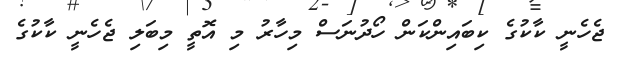
ޖެހެނީ ކާކުގެ ކިބައިންކަން ހޯދުނަސް މިހާރު މި އޮތީ މިބަލި ޖެހެނީ ކާކުގެ